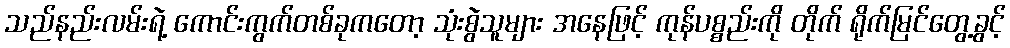
သည်နည်းလမ်းရဲ့ ကောင်းကွက်တစ်ခုကတော့ သုံးစွဲသူများ အနေဖြင့် ကုန်ပစ္စည်းကို တိုက် ရိုက်မြင်တွေ့ခွင့်